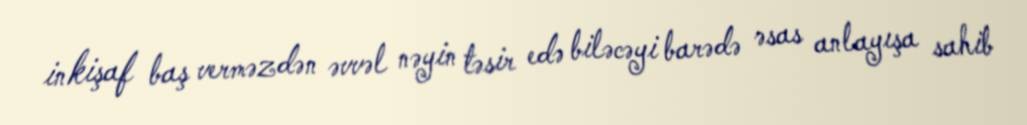
inkişaf baş verməzdən əvvəl nəyin təsir edə biləcəyi barədə əsas anlayışa sahib